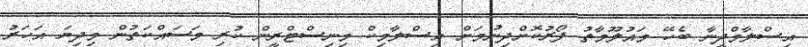
އިސްލާމްދީނާ ބެހޭ މައުލޫމާތު ފޯރުކޮށްދިނުމަށް އިސްލާމިކް މިނިސްޓްރީން ކުރި މަސައްކަތުން މިދިޔަ އަހަރު